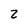
Character: Z